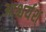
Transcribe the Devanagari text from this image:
आश्चर्यश्